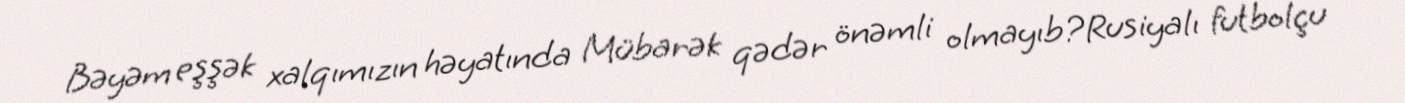
Bəyəm eşşək xalqımızın həyatında Mübarək qədər önəmli olmayıb?Rusiyalı futbolçu